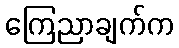
ကြေညာချက်က